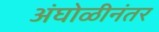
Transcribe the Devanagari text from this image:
अंघोळीनंतर